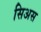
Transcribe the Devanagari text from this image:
सिअस